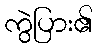
ကွဲပြား၏